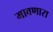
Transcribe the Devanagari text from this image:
मावणारा